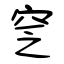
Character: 窆